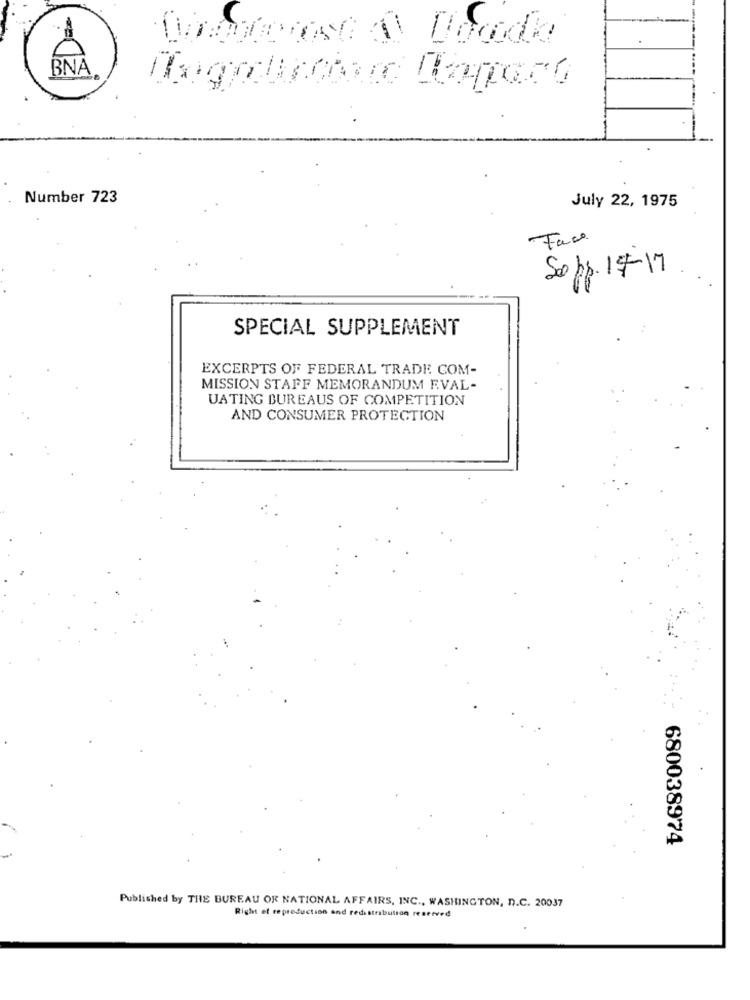
BNA
Number 723
July 22, 1975
Face
So pp. 17-17
SPECIAL SUPPLEMENT
EXCERPTS OF FEDERAL TRADE COM-
MISSION STAFF MEMORANDUM F.VAL-
UATING BUREAUS OF COMPETITION
AND CONSUMER PROTECTION
680038974
Published by THE BUREAU OF NATIONAL AFFAIRS, INC ., WASHINGTON, D.C. 20037
Right et reproduction and redistribution reserved